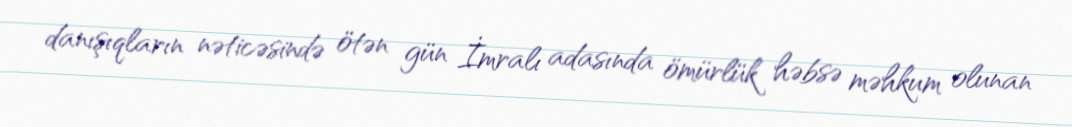
danışıqların nəticəsində ötən gün İmralı adasında ömürlük həbsə məhkum olunan